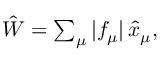
\begin{array} { r } { \hat { W } = \sum _ { \mu } | f _ { \mu } | \, \hat { x } _ { \mu } , } \end{array}